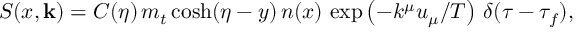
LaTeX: S ( x , \mathbf { k } ) = C ( { \eta } ) \, m _ { t } \cosh ( \eta - y ) \, n ( x ) \, \exp \left( - k ^ { \mu } u _ { \mu } / T \right) \, \delta ( \tau - \tau _ { f } ) ,